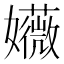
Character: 𫲛